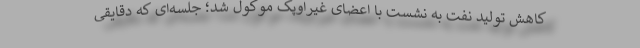
کاهش تولید نفت به نشست با اعضای غیراوپک موکول شد؛ جلسه‌ای که دقایقی